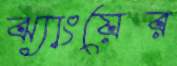
ঝ্যাংয়ের